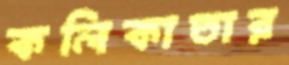
কলিকাতার